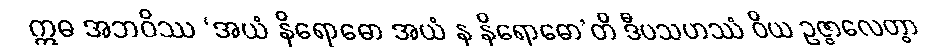
ဣဓ အဘဝိဿ ‘အယံ နိရောဓော အယံ န နိရောဓော’တိ ဒီပသဟဿံ ဝိယ ဥဇ္ဇာလေတွာ